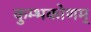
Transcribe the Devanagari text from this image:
कुम्भकोणम्